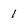
Character: 1